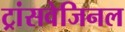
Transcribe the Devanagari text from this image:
ट्रांसवेजिनल